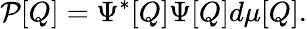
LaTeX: {\cal P}[Q]=\Psi^{*}[Q]\Psi[Q]d\mu[Q].